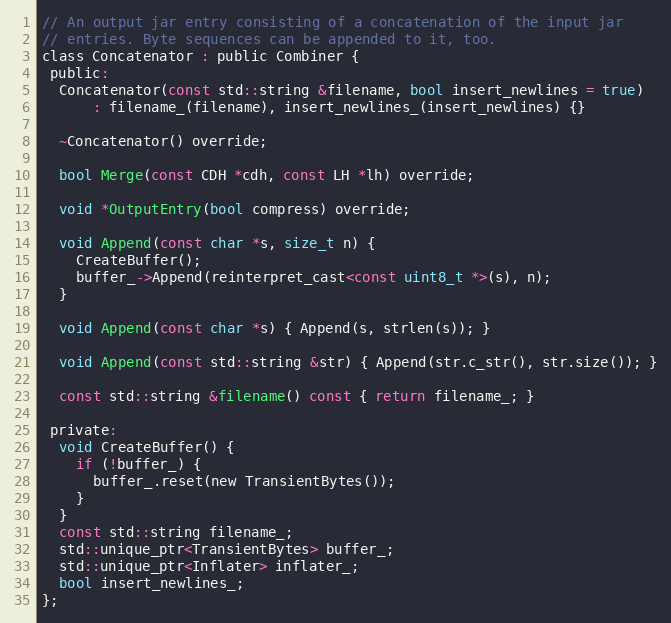
Language: C
// An output jar entry consisting of a concatenation of the input jar
// entries. Byte sequences can be appended to it, too.
class Concatenator : public Combiner {
 public:
  Concatenator(const std::string &filename, bool insert_newlines = true)
      : filename_(filename), insert_newlines_(insert_newlines) {}

  ~Concatenator() override;

  bool Merge(const CDH *cdh, const LH *lh) override;

  void *OutputEntry(bool compress) override;

  void Append(const char *s, size_t n) {
    CreateBuffer();
    buffer_->Append(reinterpret_cast<const uint8_t *>(s), n);
  }

  void Append(const char *s) { Append(s, strlen(s)); }

  void Append(const std::string &str) { Append(str.c_str(), str.size()); }

  const std::string &filename() const { return filename_; }

 private:
  void CreateBuffer() {
    if (!buffer_) {
      buffer_.reset(new TransientBytes());
    }
  }
  const std::string filename_;
  std::unique_ptr<TransientBytes> buffer_;
  std::unique_ptr<Inflater> inflater_;
  bool insert_newlines_;
};